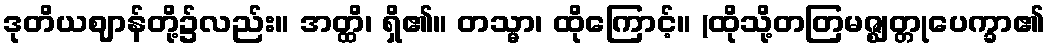
ဒုတိယဈာန်တို့၌လည်း။ အတ္ထိ၊ ရှိ၏။ တသ္မာ၊ ထိုကြောင့်။ (ထိုသို့တတြမဇ္ဈတ္တုပေက္ခာ၏